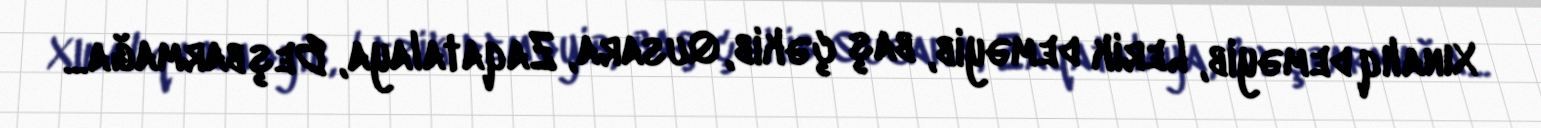
Xınalıq deməyib, Lerik deməyib, baş çəkib, Qusara, Zaqatalaya, Beşbarmağa...